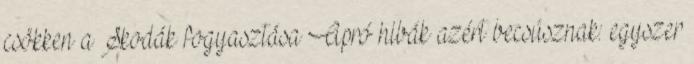
csökken a Skodák fogyasztása Apró hibák azért becsúsznak: egyszer